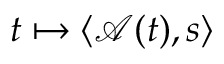
t \mapsto \langle \mathcal { A } ( t ) , s \rangle